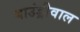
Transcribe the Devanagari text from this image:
बाउंड्रीवाल